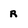
Character: R